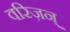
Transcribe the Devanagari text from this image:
वरिज़न्